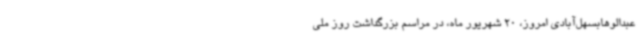
عبدالوهابسهل‌آبادی امروز، 20 شهریور ماه، در مراسم بزرگداشت روز ملی